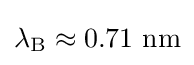
\lambda _{\text{B}}\approx 0.71{\text{ nm}}